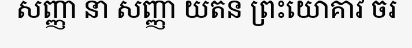
សញ្ញា នា សញ្ញា យតន ព្រះយោគាវ ចរ